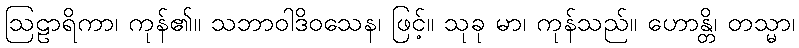
ဩဠာရိကာ၊ ကုန်၏။ သဘာဝါဒိဝသေန၊ ဖြင့်။ သုခု မာ၊ ကုန်သည်။ ဟောန္တိ၊ တသ္မာ၊